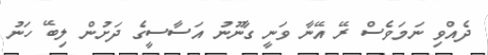
ދެއްވި ނަމަވެސް ރޭ އޭނާ ވަނީ ގާނޫނު އަސާސީގެ ދަށުން ލިބޭ ހަނު